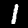
Digit: 1